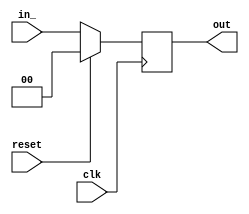
module RegRst_0x9f365fdf6c8998a
(
  input  wire [   0:0] clk,
  input  wire [   1:0] in_,
  output reg  [   1:0] out,
  input  wire [   0:0] reset
);

  // localparam declarations
  localparam reset_value = 0;



  // PYMTL SOURCE:
  //
  // @s.posedge_clk
  // def seq_logic():
  //       if s.reset:
  //         s.out.next = reset_value
  //       else:
  //         s.out.next = s.in_

  // logic for seq_logic()
  always @ (posedge clk) begin
    if (reset) begin
      out <= reset_value;
    end
    else begin
      out <= in_;
    end
  end


endmodule